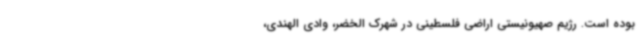
بوده است. رژیم صهیونیستی اراضی فلسطینی در شهرک الخضر، وادی الهندی،